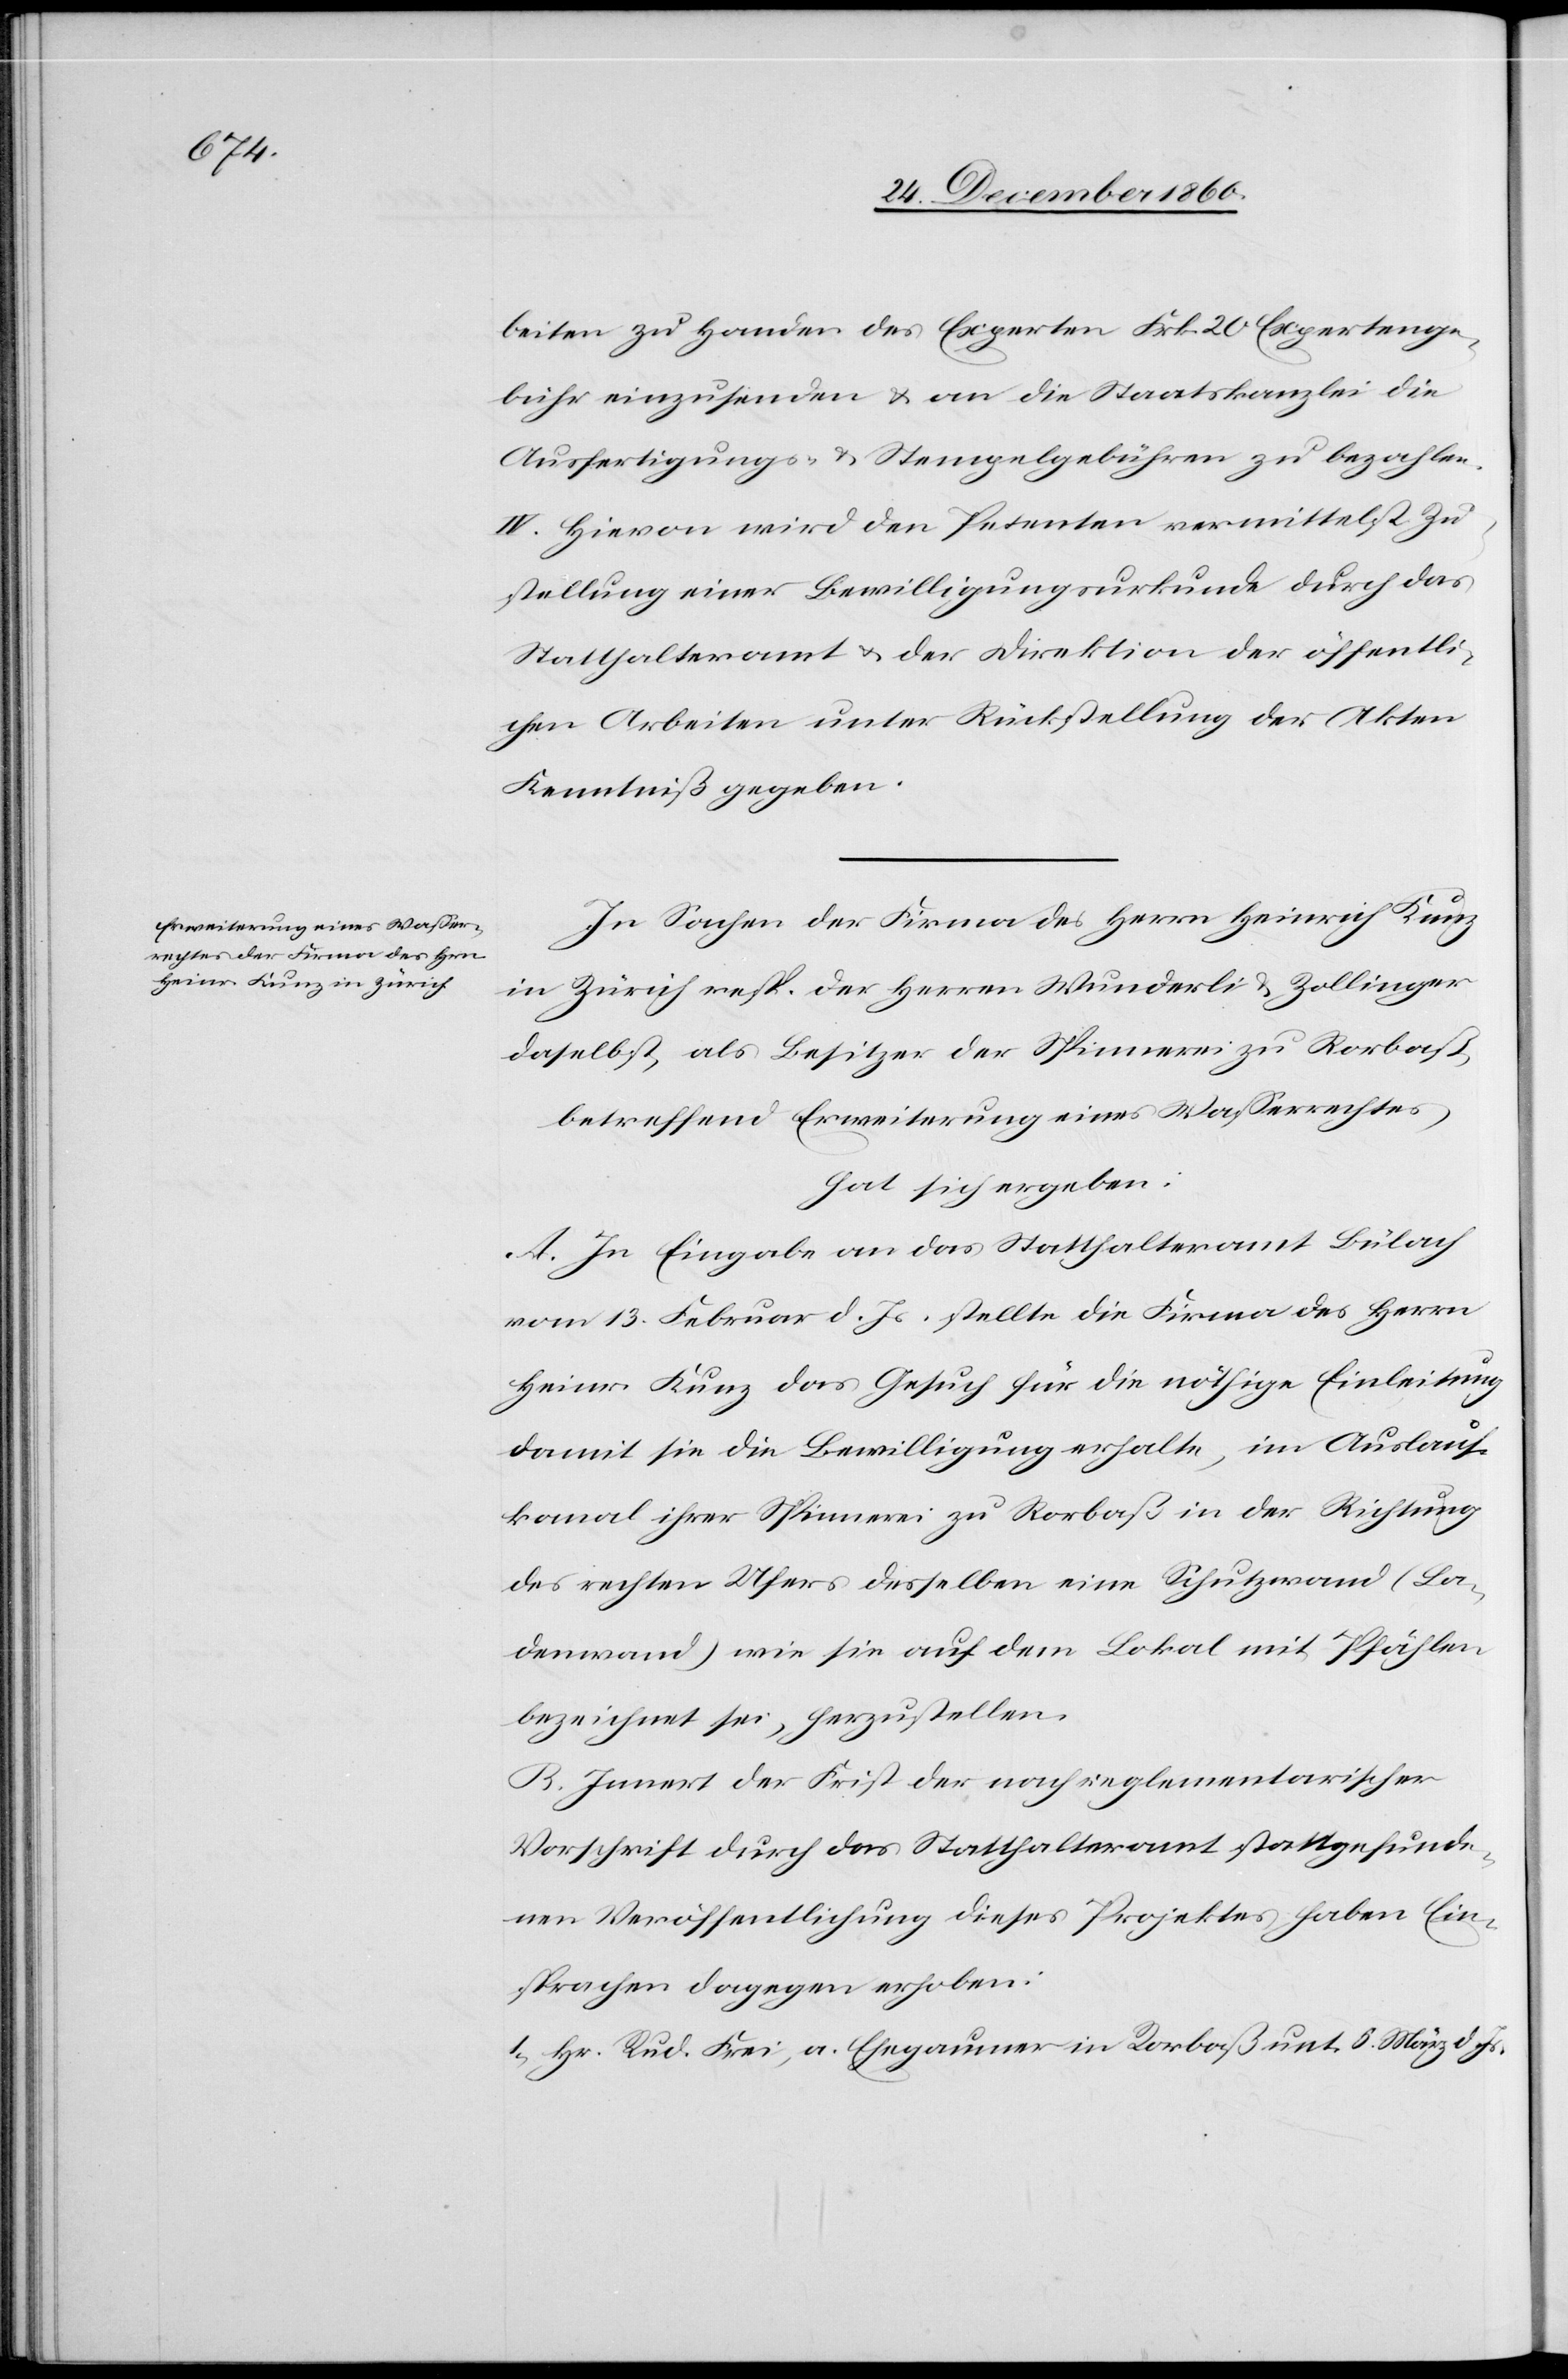
beiten zu Handen des Experten Frk. 20 Expertenge¬
bühr einzusenden u. an die Staatskanzlei die
Ausfertigungs- u. Stempelgebühren zu bezahlen.
IV. Hievon wird den Petenten vermittelst Zu¬
stellung einer Bewilligungsurkunde durch das
Statthalteramt u. der Direktion der öffentli¬
chen Arbeiten unter Rückstellung der Akten
Kenntniß gegeben.
In Sachen der Firma des Herrn Heinrich Kunz
in Zürich resp. der Herren Wunderli u. Zollinger
daselbst, als Besitzer der Spinnerei zu Rorbaß,
betreffend Erweiterung eines Wasserrechtes
hat sich ergeben:
A. In Eingabe an das Statthalteramt Bülach
vom 13. Februar d. Js., stellte die Firma des Herrn
Heinr. Kunz das Gesuch für die nöthige Einleitung
damit sie die Bewilligung erhalte, im Auslauf¬
kanal ihrer Spinnerei zu Rorbaß in der Richtung
des rechten Ufers desselben eine Schutzwand (La¬
denwand) wie sie auf dem Lokal mit Pfählen
bezeichnet sei, herzustellen.
B: Innert der First der nach reglementarischer
Vorschrift durch das Statthalteramt stattgefunde¬
nen Veröffentlichung dieses Projektes haben Ein¬
sprachen dagegen erhoben:
1. Hr. Rud. Frei, a. Ehegaumer in Rorbaß unt. 5. März d. Js.